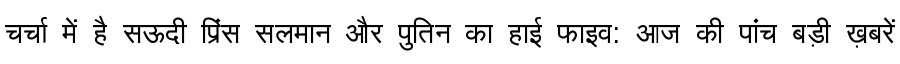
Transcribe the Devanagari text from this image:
चर्चा में है सऊदी प्रिंस सलमान और पुतिन का हाई फाइव: आज की पांच बड़ी ख़बरें